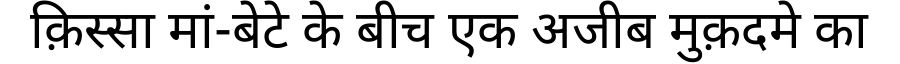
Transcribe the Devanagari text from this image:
क़िस्सा मां-बेटे के बीच एक अजीब मुक़दमे का